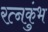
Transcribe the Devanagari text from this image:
रत्नकुंभ